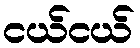
ငယ်ငယ်